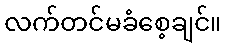
လက်တင်မခံစေ့ချင်။